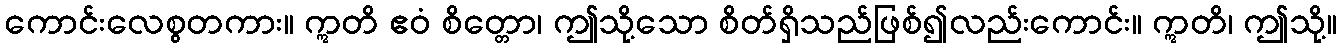
ကောင်းလေစွတကား။ ဣတိ ဧဝံ စိတ္တော၊ ဤသို့သော စိတ်ရှိသည်ဖြစ်၍လည်းကောင်း။ ဣတိ၊ ဤသို့။